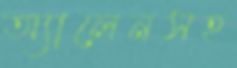
অ্যালেনসহ